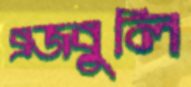
ব্রজবুলি